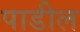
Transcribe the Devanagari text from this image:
पाडील